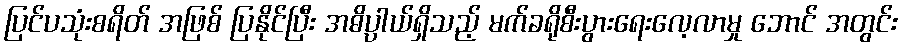
ပြင်ပသုံးစရိတ် အဖြစ် ပြနိုင်ပြီး အဓိပ္ပါယ်ရှိသည့် မက်ခရိုစီးပွားရေးလေ့လာမှု ဘောင် အတွင်း